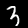
Digit: 3